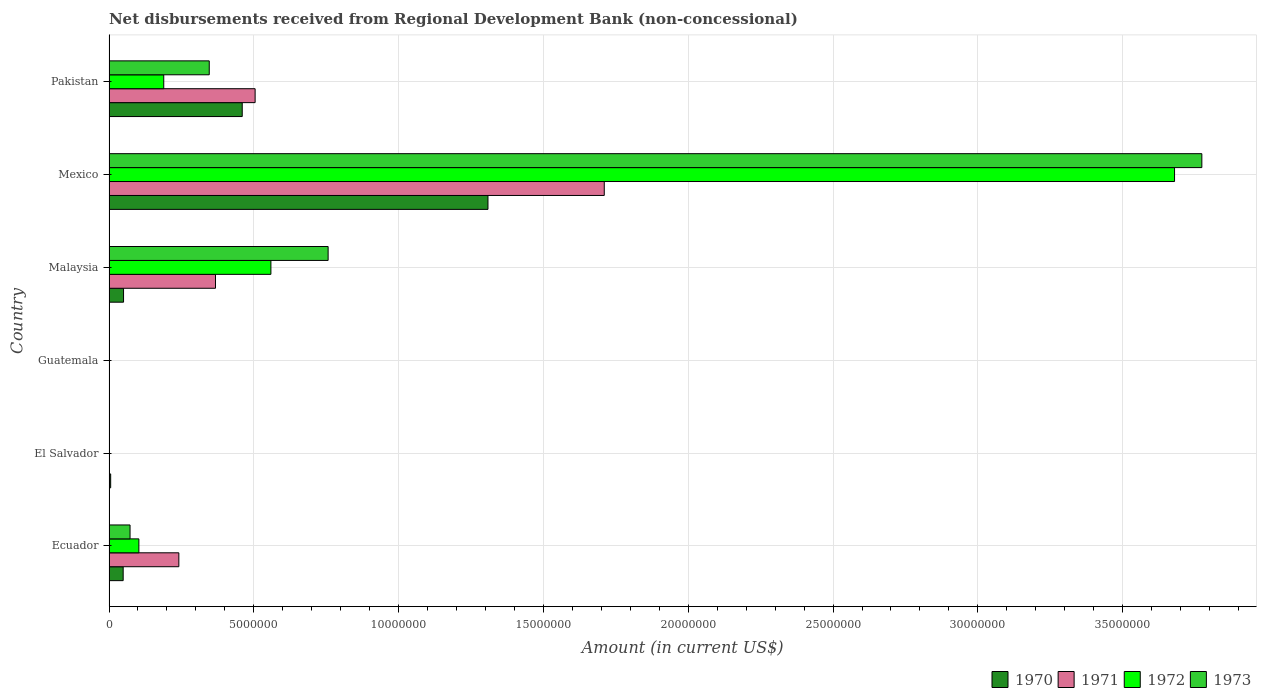
| Country | 1970 | 1971 | 1972 | 1973 |
 | --- | --- | --- | --- | --- |
 | Ecuador | 4.89e+05 | 2.41e+06 | 1.03e+06 | 7.26e+05 |
 | El Salvador | 5.7e+04 | -5.75e+05 | -6.81e+05 | -8.43e+05 |
 | Guatemala | -6.56e+05 | -7.82e+05 | -6.27e+05 | -6.41e+05 |
 | Malaysia | 5.02e+05 | 3.68e+06 | 5.59e+06 | 7.57e+06 |
 | Mexico | 1.31e+07 | 1.71e+07 | 3.68e+07 | 3.77e+07 |
 | Pakistan | 4.6e+06 | 5.04e+06 | 1.89e+06 | 3.46e+06 |